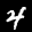
Label: 4